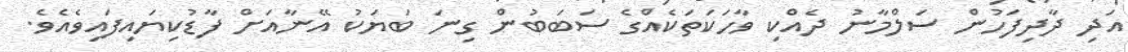
އަދި ދާދިފަހުން ސަލްމާނު ދެއްކި ވާހަކަތަކެއްގެ ސަބަބުން ގިނަ ބަޔަކު އޭނާއަށް ފާޑުކިޔައިފައިވެއެވެ.